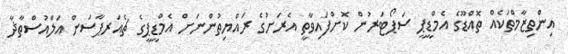
އިންތިޒާމްތަކެއް ތޮއްޑޫގެ އެމްޑީޕީ ސަޕޯޓަރުން ކޮށްފައިވާތީ އެރަށުގެ ރައްޔިތުންނަށް އެމްޑީޕީގެ ޗެއަރޕާސަން އަލްއުސްތާޛާ